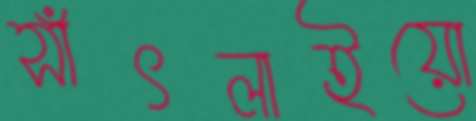
সাঁৎলাইয়ো